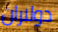
دولاران